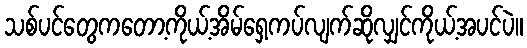
သစ်ပင်တွေကတော့ကိုယ့်အိမ်ရှေ့ကပ်လျက်ဆိုလျှင်ကိုယ့်အပင်ပဲ။